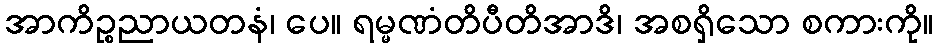
အာကိဉ္စညာယတနံ၊ ပေ။ ရမ္မဏံတိပီတိအာဒိ၊ အစရှိသော စကားကို။